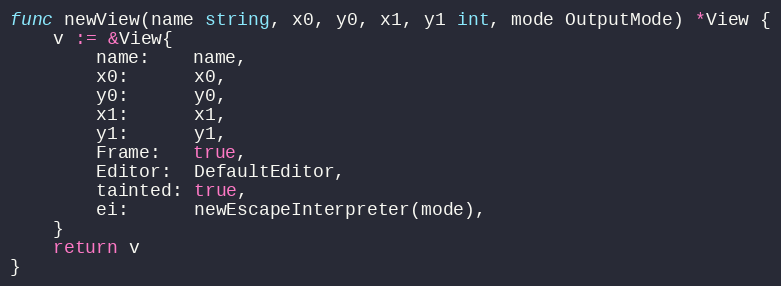
Language: Go
func newView(name string, x0, y0, x1, y1 int, mode OutputMode) *View {
	v := &View{
		name:    name,
		x0:      x0,
		y0:      y0,
		x1:      x1,
		y1:      y1,
		Frame:   true,
		Editor:  DefaultEditor,
		tainted: true,
		ei:      newEscapeInterpreter(mode),
	}
	return v
}